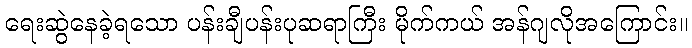
ရေးဆွဲနေခဲ့ရသော ပန်းချီပန်းပုဆရာကြီး မိုက်ကယ် အန်ဂျလိုအကြောင်း။